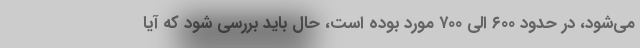
می‌شود، در حدود ۶۰۰ الی ۷۰۰ مورد بوده است، حال باید بررسی شود که آیا